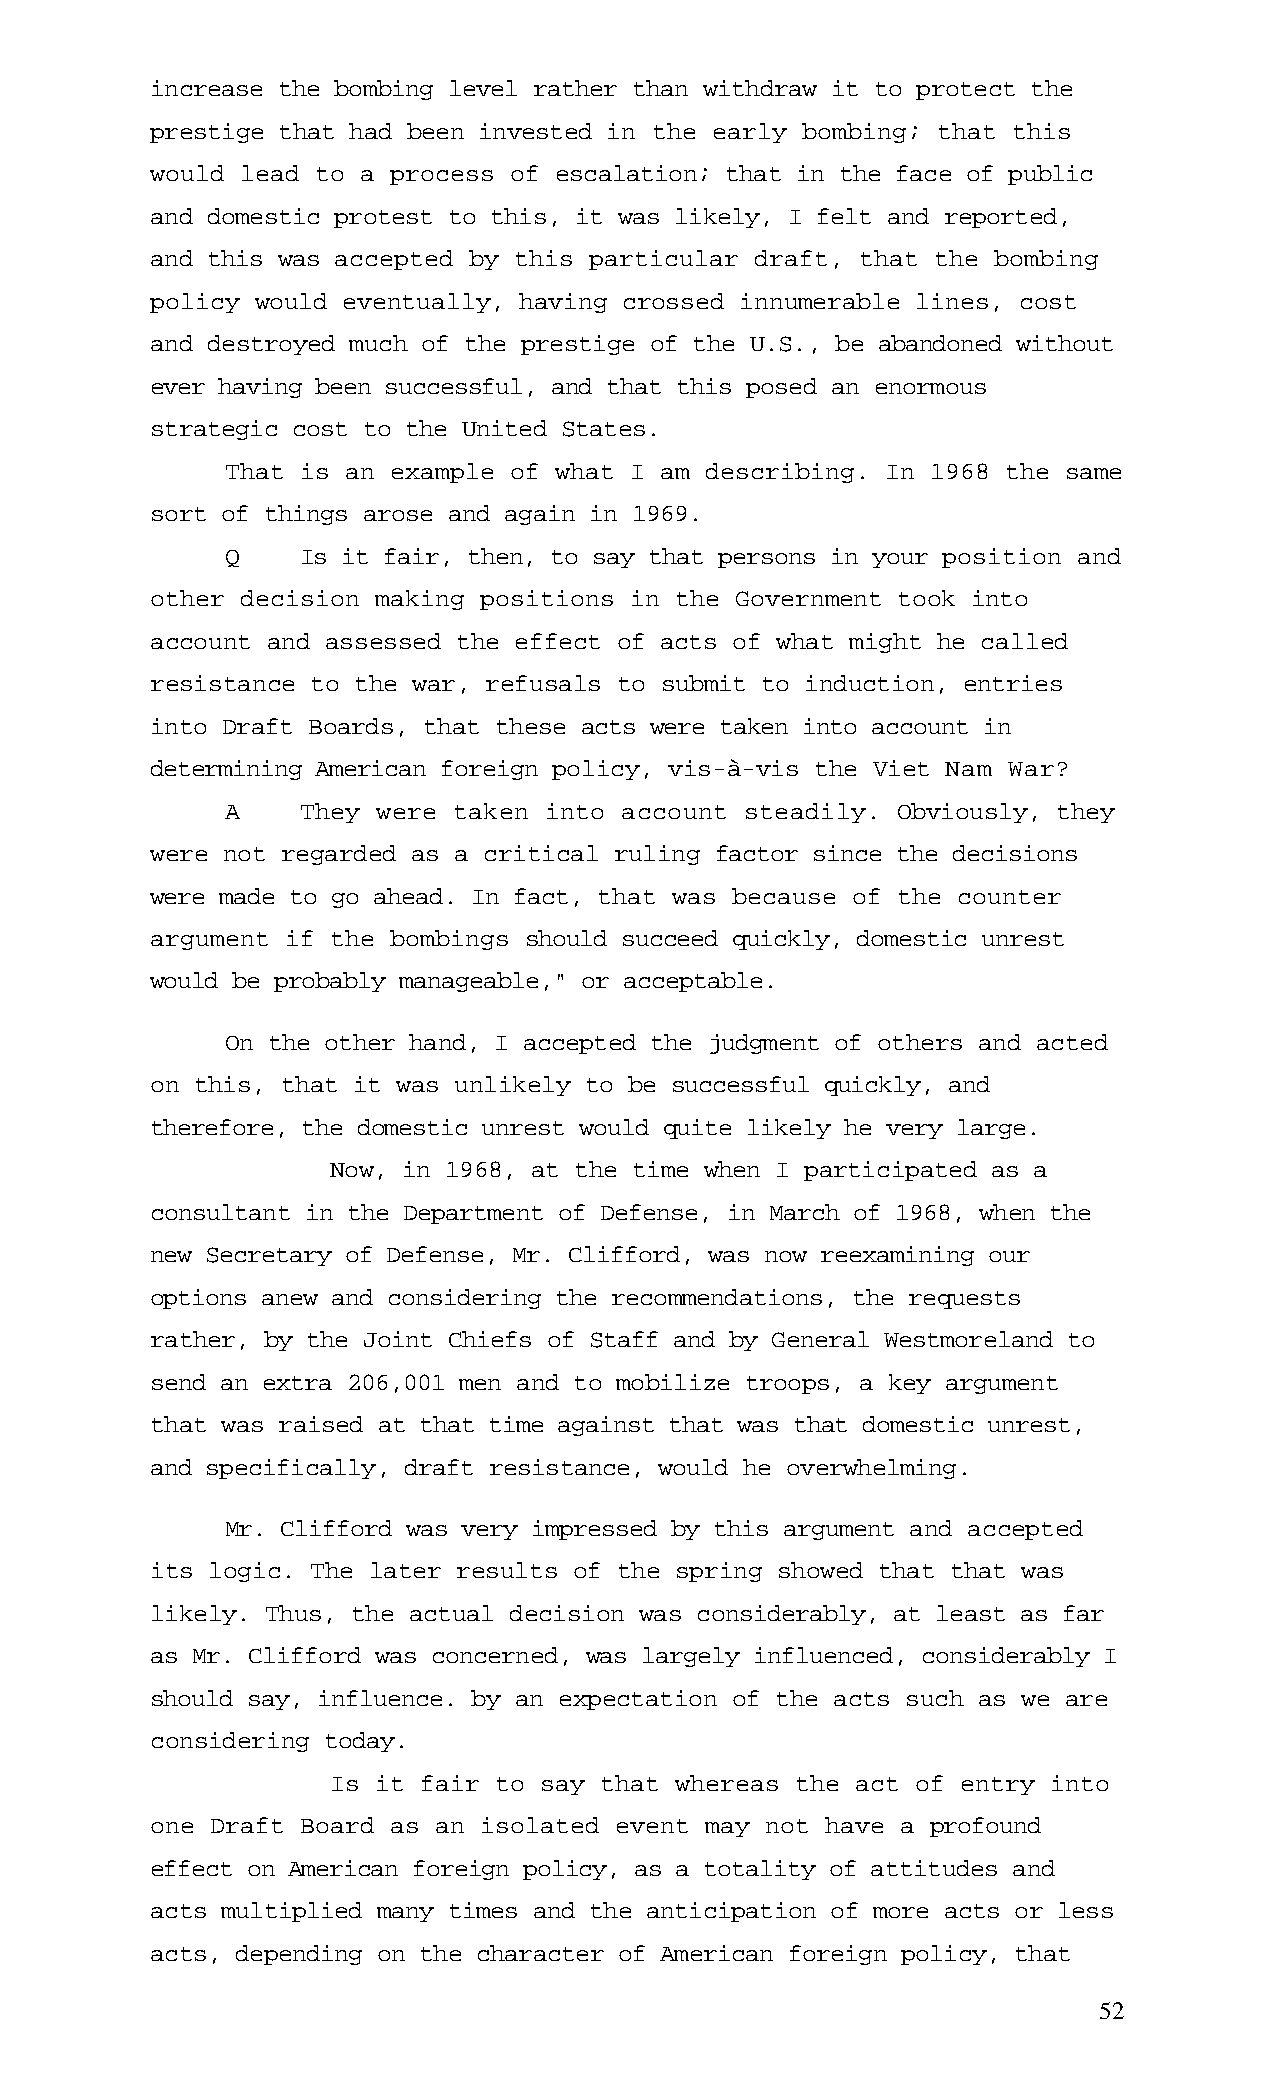
increase the bombing level rather than withdraw it to protect the
 prestige that had been invested in the early bombing; that this
 would lead to a process of escalation; that in the face of public
 and domestic protest to this, it was likely, I felt and reported,
 and this was accepted by this particular draft, that the bombing
 policy would eventually, having crossed innumerable lines, cost
 and destroyed much of the prestige of the U.S., be abandoned without
 ever having been successful, and that this posed an enormous
 strategic cost to the United States.
 That is an example of what I am describing. In 1968 the same
 sort of things arose and again in 1969.
 Q    Is it fair, then, to say that persons in your position and
 other decision making positions in the Government took into
 account and assessed the effect of acts of what might he called
 resistance to the war, refusals to submit to induction, entries
 into Draft Boards, that these acts were taken into account in
 determining American foreign policy, vis-à-vis the Viet Nam War?
 A    They were taken into account steadily. Obviously, they
 were not regarded as a critical ruling factor since the decisions
 were made to go ahead. In fact, that was because of the counter
 argument if the bombings should succeed quickly, domestic unrest
 would be probably manageable," or acceptable.
 On the other hand, I accepted the judgment of others and acted
 on this, that it was unlikely to be successful quickly, and
 therefore, the domestic unrest would quite likely he very large.
 Now, in 1968, at the time when I participated as a
 consultant in the Department of Defense, in March of 1968, when the
 new Secretary of Defense, Mr. Clifford, was now reexamining our
 options anew and considering the recommendations, the requests
 rather, by the Joint Chiefs of Staff and by General Westmoreland to
 send an extra 206,001 men and to mobilize troops, a key argument
 that was raised at that time against that was that domestic unrest,
 and specifically, draft resistance, would he overwhelming.
 Mr. Clifford was very impressed by this argument and accepted
 its logic. The later results of the spring showed that that was
 likely. Thus, the actual decision was considerably, at least as far
 as Mr. Clifford was concerned, was largely influenced, considerably I
 should say, influence. by an expectation of the acts such as we are
 considering today.
 Is it fair to say that whereas the act of entry into
 one Draft Board as an isolated event may not have a profound
 effect on American foreign policy, as a totality of attitudes and
 acts multiplied many times and the anticipation of more acts or less
 acts, depending on the character of American foreign policy, that
 52